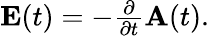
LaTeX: \begin{array}{r}{{\mathbf E}(t)=-\frac{\partial}{\partial t}{\mathbf A}(t).}\end{array}